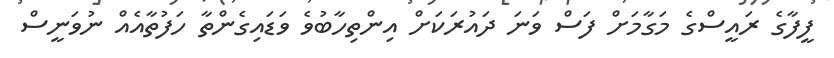
ފީފާގެ ރައީސްގެ މަގާމަށް ފަސް ވަނަ ދައުރަކަށް އިންތިހާބުވެ ވަޑައިގެންތާ ހަފުތާއެއް ނުވަނީސް